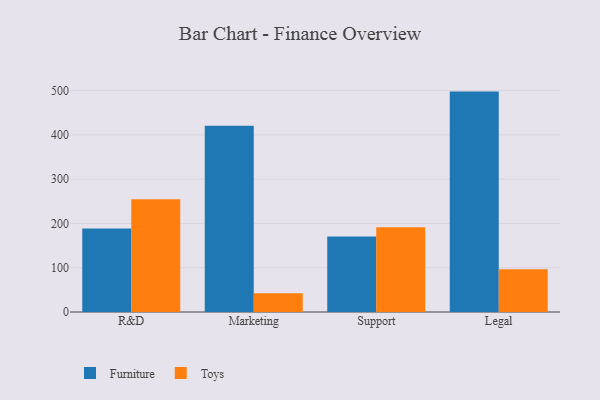
{"axis": {"x": "Department", "y": "Backlog"}, "legend": ["Furniture", "Toys"], "data": [{"x": "R&D", "y": 188.5, "type": "Furniture"}, {"x": "R&D", "y": 254.3, "type": "Toys"}, {"x": "Marketing", "y": 420.5, "type": "Furniture"}, {"x": "Marketing", "y": 42.6, "type": "Toys"}, {"x": "Support", "y": 170.4, "type": "Furniture"}, {"x": "Support", "y": 191.2, "type": "Toys"}, {"x": "Legal", "y": 497.6, "type": "Furniture"}, {"x": "Legal", "y": 96.6, "type": "Toys"}]}